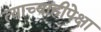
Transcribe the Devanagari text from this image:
त्याच्याहीपेक्षा